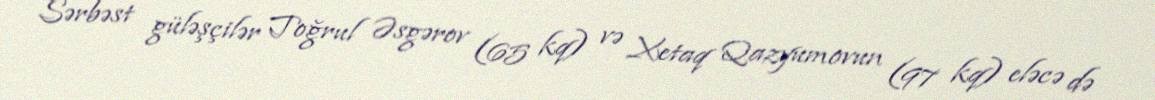
Sərbəst güləşçilər Toğrul Əsgərov (65 kq) və Xetaq Qazyumovun (97 kq) eləcə də